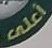
أعلى